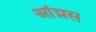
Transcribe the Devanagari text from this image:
आंग्नस